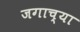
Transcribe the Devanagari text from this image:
जगाच्‍या